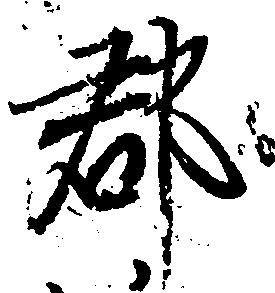
郡